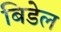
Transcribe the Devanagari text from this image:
बिडेल